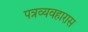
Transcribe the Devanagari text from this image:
पत्रव्यवहारास